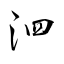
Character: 泗